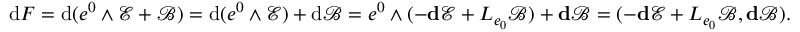
\mathrm { d } F = \mathrm { d } ( e ^ { 0 } \wedge \mathscr { E } + \mathscr { B } ) = \mathrm { d } ( e ^ { 0 } \wedge \mathscr { E } ) + \mathrm { d } \mathscr { B } = e ^ { 0 } \wedge ( - \mathbf { d } \mathscr { E } + L _ { e _ { 0 } } \mathscr { B } ) + \mathbf { d } \mathscr { B } = ( - \mathbf { d } \mathscr { E } + L _ { e _ { 0 } } \mathscr { B } , \mathbf { d } \mathscr { B } ) .